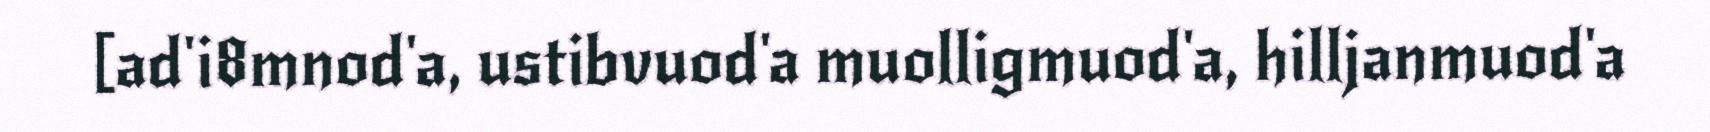
[ad'i8mnod'a, ustibvuod'a muolligmuod'a, hilljanmuod'a